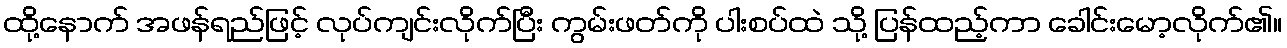
ထို့နောက် အဖန်ရည်ဖြင့် လုပ်ကျင်းလိုက်ပြီး ကွမ်းဖတ်ကို ပါးစပ်ထဲ သို့ ပြန်ထည့်ကာ ခေါင်းမော့လိုက်၏။